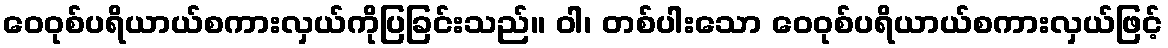
ဝေဝုစ်ပရိယာယ်စကားလှယ်ကိုပြခြင်းသည်။ ဝါ၊ တစ်ပါးသော ဝေဝုစ်ပရိယာယ်စကားလှယ်ဖြင့်